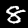
Digit: 8